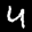
Label: 4